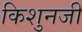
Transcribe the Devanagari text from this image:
किशुनजी